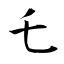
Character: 乇